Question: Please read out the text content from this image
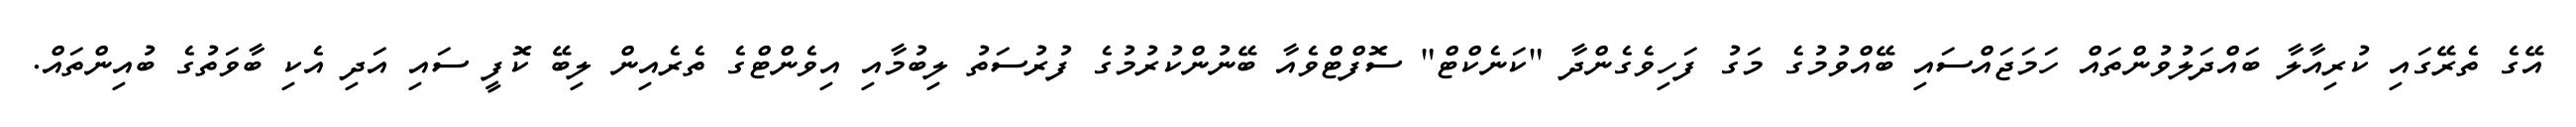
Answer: އޭގެ ތެރޭގައި ކުރިއާލާ ބައްދަލުވުންތައް ހަމަޖައްސައި ބޭއްވުމުގެ މަގު ފަހިވެގެންދާ "ކަނެކްޓް" ސޮފްޓްވެއާ ބޭނުންކުރުމުގެ ފުރުސަތު ލިބުމާއި އިވެންޓްގެ ތެރެއިން ލިބޭ ކޮފީ ސައި އަދި އެކި ބާވަތުގެ ބުއިންތައް.